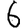
Digit: 6